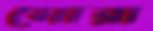
সোরা